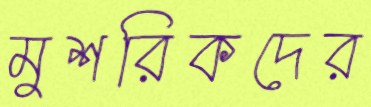
মুশরিকদের